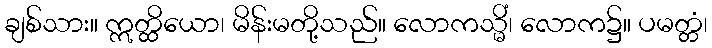
ချစ်သား။ ဣတ္ထိယော၊ မိန်းမတို့သည်။ လောကသ္မိံ၊ လောက၌။ ပမတ္တံ၊